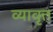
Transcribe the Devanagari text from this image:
व्यावृत्त